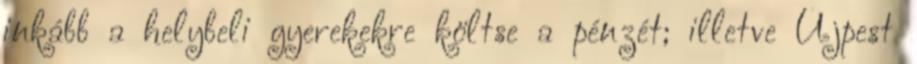
inkább a helybeli gyerekekre költse a pénzét; illetve Újpest